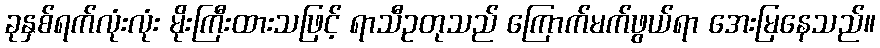
ခုနှစ်ရက်လုံးလုံး မိုးကြီးထားသဖြင့် ရာသီဥတုသည် ကြောက်မက်ဖွယ်ရာ အေးမြနေသည်။